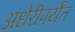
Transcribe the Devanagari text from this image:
अंधेरीपर्यंत